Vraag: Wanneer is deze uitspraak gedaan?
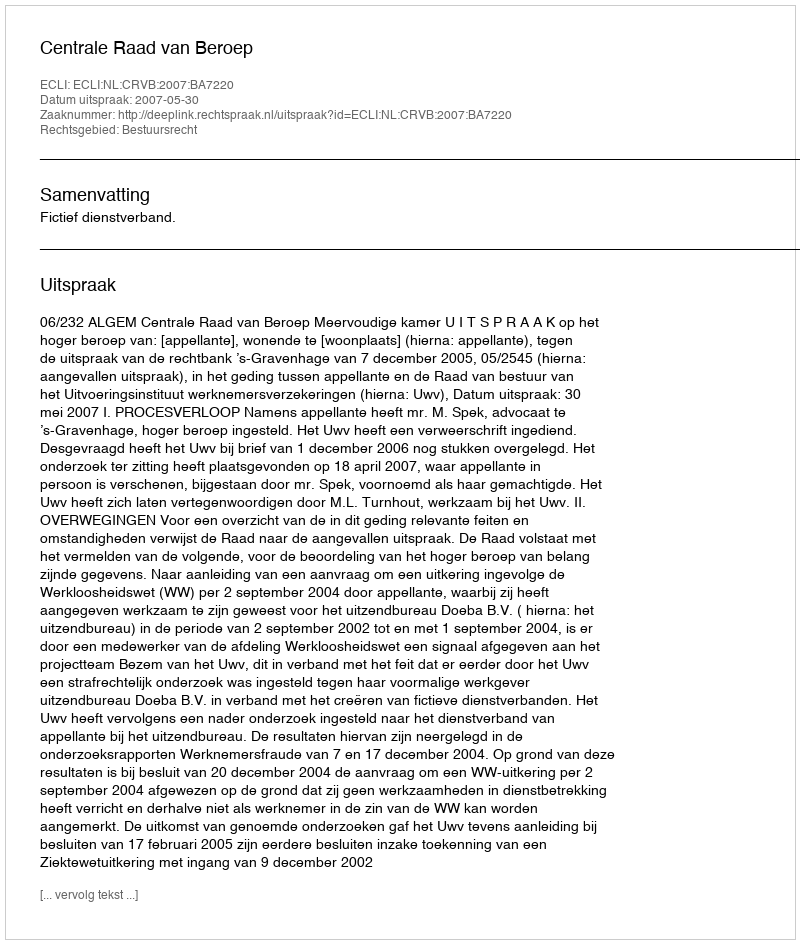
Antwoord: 2007-05-30